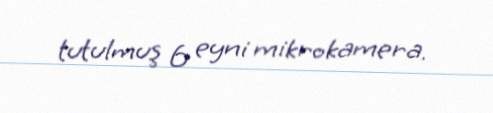
tutulmuş 6 eyni mikrokamera.